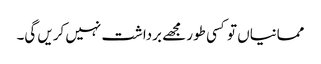
ممانیاں تو کسی طور مجھے برداشت نہیں کریں گی۔